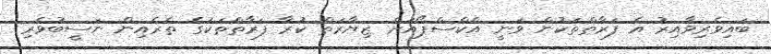
ބައިވެރިވާއިރު އެ ފަރާތްތަކުން ވަނީ އެކްސްޕޯއަށް ޒިޔާރަތް ކުރާ ފަރާތްތަކުގެ ތެރެއިން ނަސީބުވެރި